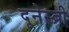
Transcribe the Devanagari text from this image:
दूनेस्ब्री